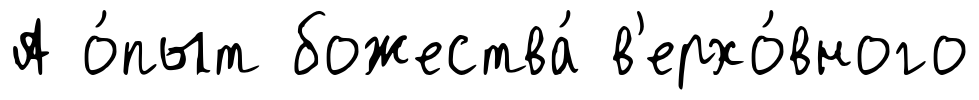
А о́пыт божества́ в'ерхо́вного